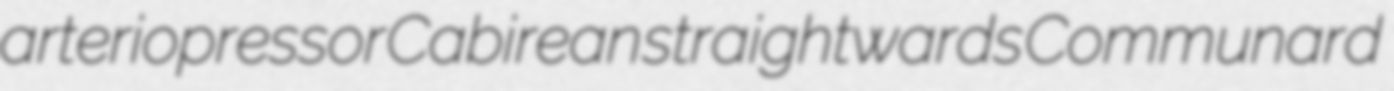
arteriopressor Cabirean straightwards Communard